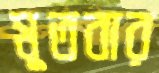
মুতবার